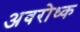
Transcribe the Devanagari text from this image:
अवरोध्क